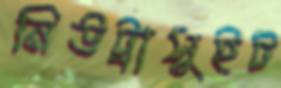
নিউট্রাসুইট